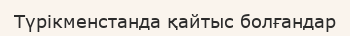
Түрікменстанда қайтыс болғандар